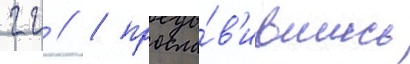
гг // / просла́в'ившись